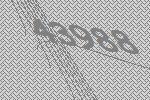
43988